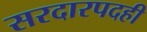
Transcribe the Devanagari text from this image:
सरदारपदही